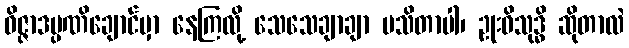
ဝိဇ္ဇာဒပ္ပဏိချောင်မှာ နေကြလို့ သေသေချာချာ မသိတာပါ၊ ဥုးဝိသုဒ္ဓိ ဆိုတာလဲ